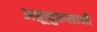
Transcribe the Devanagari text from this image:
अब्रूनुकसानी